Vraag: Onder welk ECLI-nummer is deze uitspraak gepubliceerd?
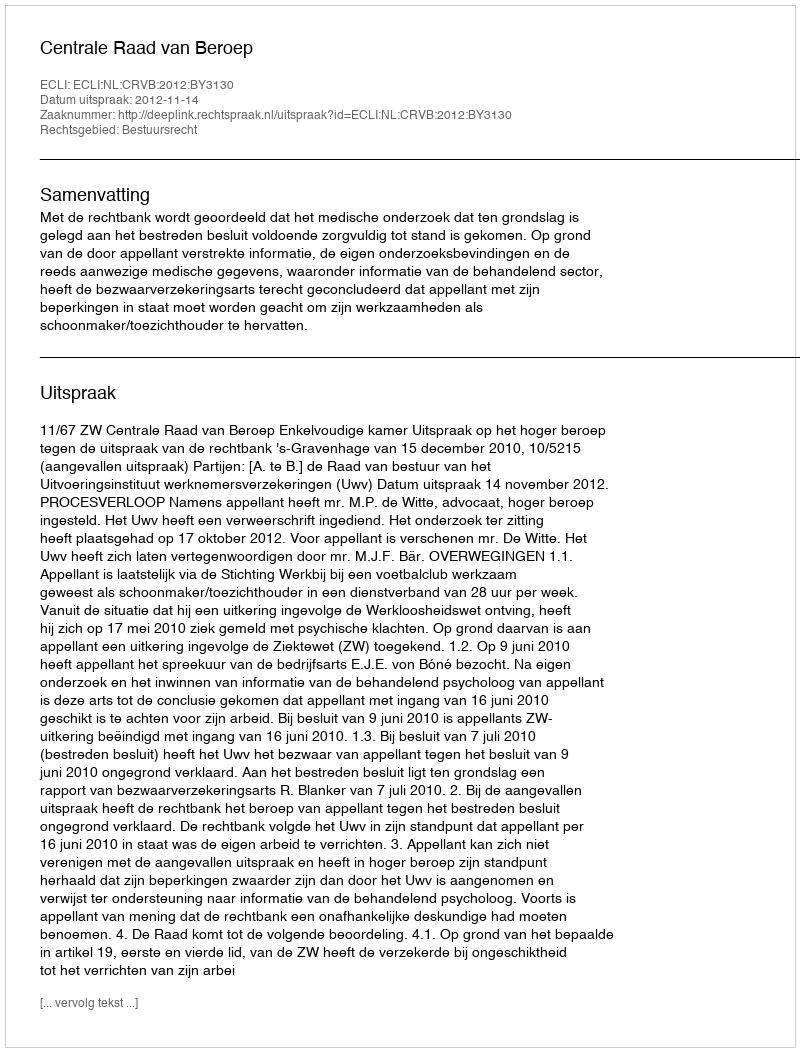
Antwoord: ECLI:NL:CRVB:2012:BY3130